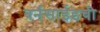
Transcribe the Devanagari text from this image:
बर्नसाईडची